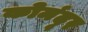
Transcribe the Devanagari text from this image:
कोमंदूर